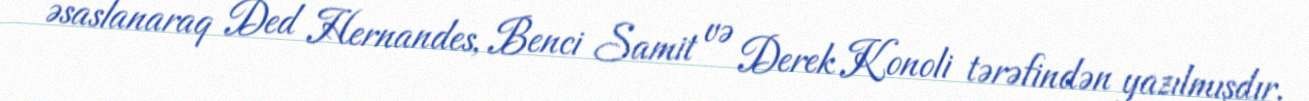
əsaslanaraq Ded Hernandes, Benci Samit və Derek Konoli tərəfindən yazılmışdır.